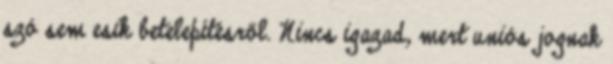
szó sem esik betelepítésről. Nincs igazad, mert uniós jognak